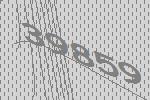
39859